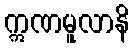
ဣဏမူလာနိ